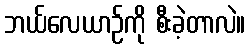
ဘယ်လေယာဉ်ကို စီးခဲ့တာလဲ။